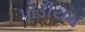
પોડીયમ